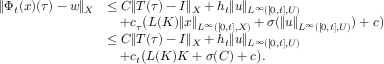
\begin{array} { r l } { \| \Phi _ { t } ( x ) ( \tau ) - w \| _ { X } } & { \leq C \| T ( \tau ) - I \| _ { X } + h _ { t } \| u \| _ { L ^ { \infty } ( [ 0 , t ] , U ) } } \\ & { \quad + c _ { \tau } \big ( L ( K ) \| x \| _ { L ^ { \infty } ( [ 0 , t ] , X ) } + \sigma ( \| u \| _ { L ^ { \infty } ( [ 0 , t ] , U ) } ) + c \big ) } \\ & { \leq C \| T ( \tau ) - I \| _ { X } + h _ { t } \| u \| _ { L ^ { \infty } ( [ 0 , t ] , U ) } } \\ & { \quad + c _ { t } \big ( L ( K ) K + \sigma ( C ) + c \big ) . } \end{array}